Civil Veterinary Dept. North-West Frontier Province 1923-32 - 1923-1932
Year: 1923
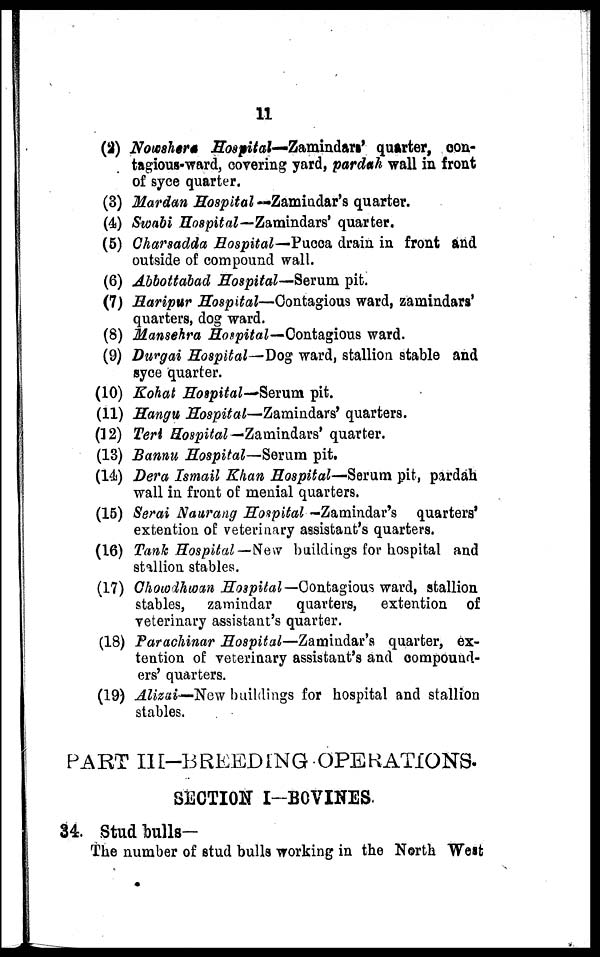
11
(2) Nowshera Hospital—Zamindars' quarter, con-
tagious-ward, covering yard, pardah wall in front
of syce quarter.
(3) Mardan Hospital — Zamindar's quarter.
(4) Swabi Hospital—Zamindars' quarter.
(5) Charsadda Hospital—Pucca drain in front and
outside of compound wall.
(6) Abbottabad Hospital—Serum pit.
(7) Haripur Hospital—Contagious ward, zamindars'
quarters, dog ward.
(8) Mansehra Hospital—Contagious ward.
(9) Durgai Hospital—Dog ward, stallion stable and
syce quarter.
(10) Kohat Hospital—Serum pit.
(11) Hangu Hospital—Zamindars' quarters.
(12) Teri Hospital— Zamindars' quarter.
(13) Bannu Hospital—Serum pit.
(14) Dera Ismail Khan Hospital—Serum pit, pardah
wall in front of menial quarters.
(15) Serai Naurang Hospital —Zamindar's quarters'
extention of veterinary assistant's quarters.
(16) Tank Hospital—New buildings for hospital and
stallion stables.
(17) Chowdhwan Hospital— Contagious ward, stallion
stables, zamindar quarters, extention of
veterinary assistant's quarter.
(18) Parachinar Hospital—Zamindar's quarter, ex-
tention of veterinary assistant's and compound-
ers' quarters.
(19) Alizai—New buildings for hospital and stallion
stables.
PART III-BREEDING OPERATIONS.
SECTION I-BOVINES.
34. Stud bulls-
The number of stud bulls working in the North West